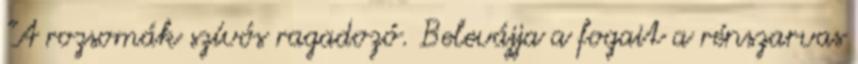
"A rozsomák szívós ragadozó. Belevájja a fogait a rénszarvas